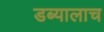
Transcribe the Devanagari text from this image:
डब्यालाच